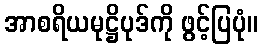
အာစရိယမုဋ္ဌိပုဒ်ကို ဖွင့်ပြပုံ။